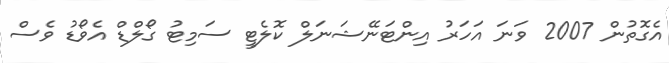
އެގޮތުން 2007 ވަނަ އަހަރު އިންޓަނޭޝަނަލް ކޮލެޓީ ސަމިޓު ގޯލްޑް އެވޯޑު ވެސް